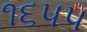
૧૬૫૫